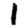
Digit: 1